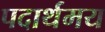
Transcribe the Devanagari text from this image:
पदार्थमय